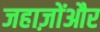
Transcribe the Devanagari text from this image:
जहाज़ोंऔर